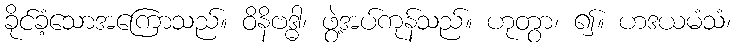
ခိုင်ခံ့သောအကြောသည်။ ဝိနိဗဒ္ဓါ၊ ဖွဲ့အပ်ကုန်သည်။ ဟုတွာ၊ ၍။ ဟဒယမံသံ၊